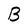
Character: B